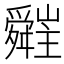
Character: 𦨁